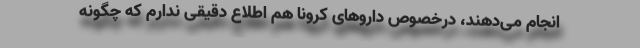
انجام می‌دهند، درخصوص داروهای کرونا هم اطلاع دقیقی ندارم که چگونه